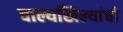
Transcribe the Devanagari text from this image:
वाल्यखिल्यांची